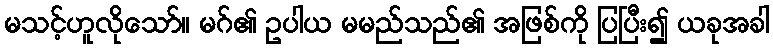
မသင့်ဟူလိုသော်။ မဂ်၏ ဥပါယ မမည်သည်၏ အဖြစ်ကို ပြပြီး၍ ယခုအခါ